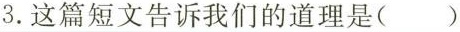
3.这篇短文告诉我们的道理是（）